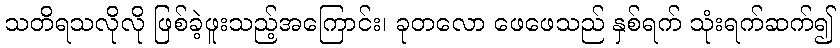
သတိရသလိုလို ဖြစ်ခဲ့ဖူးသည့်အကြောင်း၊ ခုတလော ဖေဖေသည် နှစ်ရက် သုံးရက်ဆက်၍